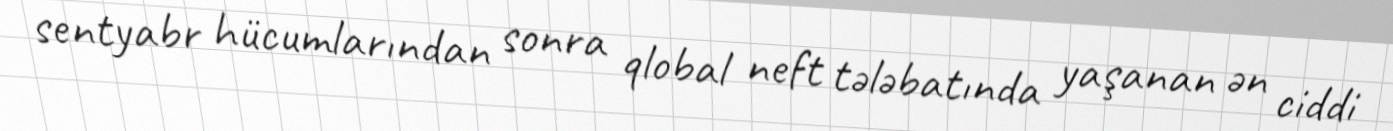
sentyabr hücumlarından sonra qlobal neft tələbatında yaşanan ən ciddi